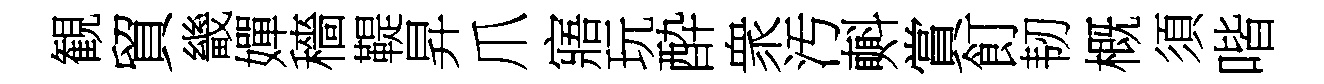
観貿畿嬋穡鞮昇爪寤玩酔衆汚㪺賞飣韧概須喈